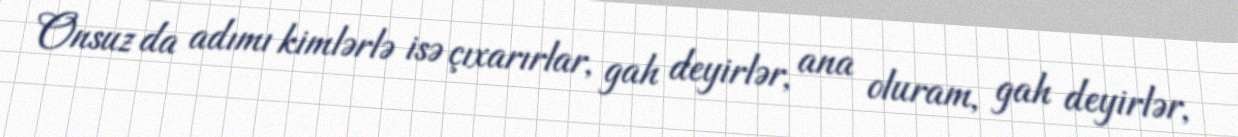
Onsuz da adımı kimlərlə isə çıxarırlar, gah deyirlər, ana oluram, gah deyirlər,